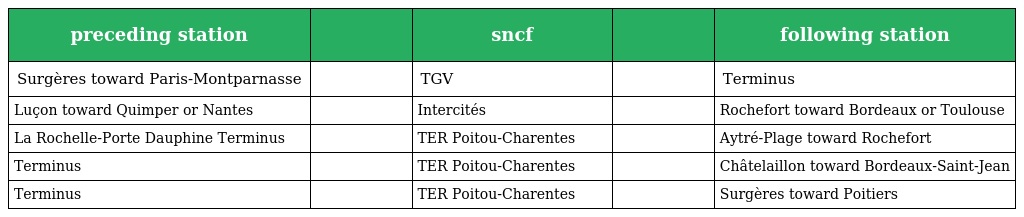
| preceding station |  | sncf |  | following station |
 | --- | --- | --- | --- | --- |
 | Surgères toward Paris-Montparnasse |  | TGV |  | Terminus |
 | Luçon toward Quimper or Nantes |  | Intercités |  | Rochefort toward Bordeaux or Toulouse |
 | La Rochelle-Porte Dauphine Terminus |  | TER Poitou-Charentes |  | Aytré-Plage toward Rochefort |
 | Terminus |  | TER Poitou-Charentes |  | Châtelaillon toward Bordeaux-Saint-Jean |
 | Terminus |  | TER Poitou-Charentes |  | Surgères toward Poitiers |